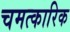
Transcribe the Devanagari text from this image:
चमत्‍कारिक